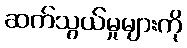
ဆက်သွယ်မှုများကို